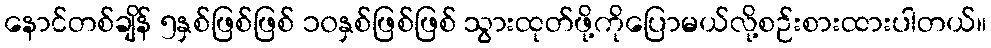
နောင်တစ်ချိန် ၅နှစ်ဖြစ်ဖြစ် ၁၀နှစ်ဖြစ်ဖြစ် သွားထုတ်ဖို့ကိုပြောမယ်လို့စဉ်းစားထားပါတယ်။